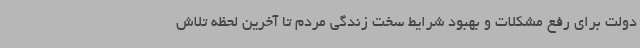
دولت برای رفع مشکلات و بهبود شرایط سخت زندگی مردم تا آخرین لحظه تلاش